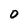
Character: 0